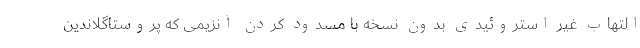
التهاب غیر استروئیدی بدون نسخه با مسدود کردن آنزیمی که پروستاگلاندین